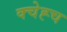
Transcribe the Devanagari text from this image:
क्चेह्च